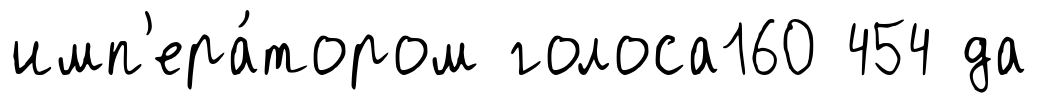
имп'ера́тором голоса160 454 да